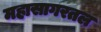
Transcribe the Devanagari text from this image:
महासागरतल